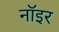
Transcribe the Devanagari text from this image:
नॉइर